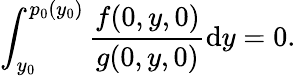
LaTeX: \int_{y_{0}}^{p_{0}(y_{0})}\frac{f(0,y,0)}{g(0,y,0)}\textnormal{d}y=0.